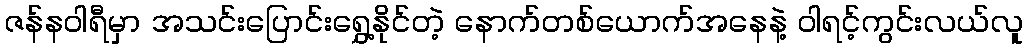
ဇန်နဝါရီမှာ အသင်းပြောင်းရွှေ့နိုင်တဲ့ နောက်တစ်ယောက်အနေနဲ့ ဝါရင့်ကွင်းလယ်လူ